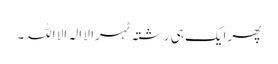
پھر ایک ہی رشتہ ٹہرا لا الہ الا اللہ۔